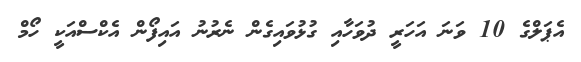
އެޕަލްގެ 10 ވަނަ އަހަރީ ދުވަހާއި ގުޅުވައިގެން ނެރުނު އައިފޯން އެކްސްއަކީ ހޯމް